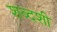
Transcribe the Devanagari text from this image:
शब्दशी